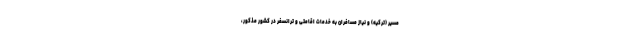
مسیر (ترکیه) و نیاز مسافران به خدمات اقامتی و ترانسفر در کشور مذکور،